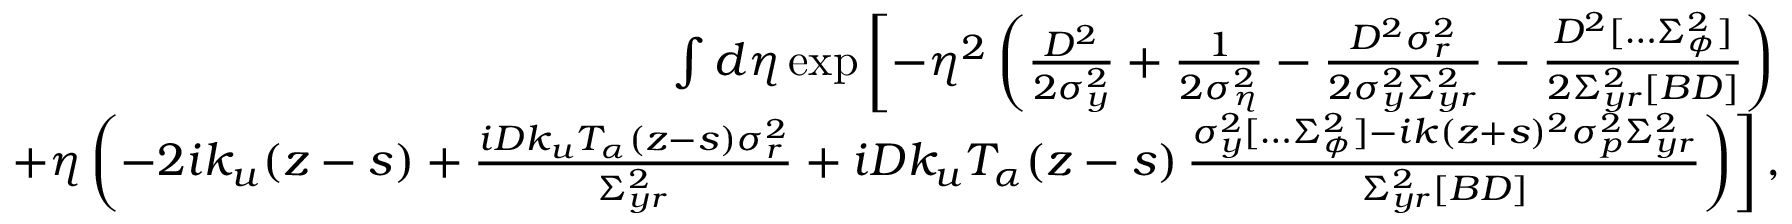
\begin{array} { r l r } & { } & { \int d \eta \exp \left[ - \eta ^ { 2 } \left( \frac { D ^ { 2 } } { 2 \sigma _ { y } ^ { 2 } } + \frac { 1 } { 2 \sigma _ { \eta } ^ { 2 } } - \frac { D ^ { 2 } \sigma _ { r } ^ { 2 } } { 2 \sigma _ { y } ^ { 2 } \Sigma _ { y r } ^ { 2 } } - \frac { D ^ { 2 } [ \hdots \Sigma _ { \phi } ^ { 2 } ] } { 2 \Sigma _ { y r } ^ { 2 } [ B D ] } \right) \right. } \\ & { } & { \quad \left. + \eta \left( - 2 i k _ { u } ( z - s ) + \frac { i D k _ { u } T _ { \alpha } ( z - s ) \sigma _ { r } ^ { 2 } } { \Sigma _ { y r } ^ { 2 } } + i D k _ { u } T _ { \alpha } ( z - s ) \, \frac { \sigma _ { y } ^ { 2 } [ \hdots \Sigma _ { \phi } ^ { 2 } ] - i k ( z + s ) ^ { 2 } \sigma _ { p } ^ { 2 } \Sigma _ { y r } ^ { 2 } } { \Sigma _ { y r } ^ { 2 } [ B D ] } \right) \right] , } \end{array}